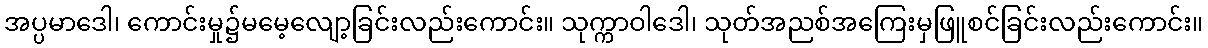
အပ္ပမာဒေါ၊ ကောင်းမှု၌မမေ့လျော့ခြင်းလည်းကောင်း။ သုက္ကာဝါဒေါ၊ သုတ်အညစ်အကြေးမှဖြူစင်ခြင်းလည်းကောင်း။